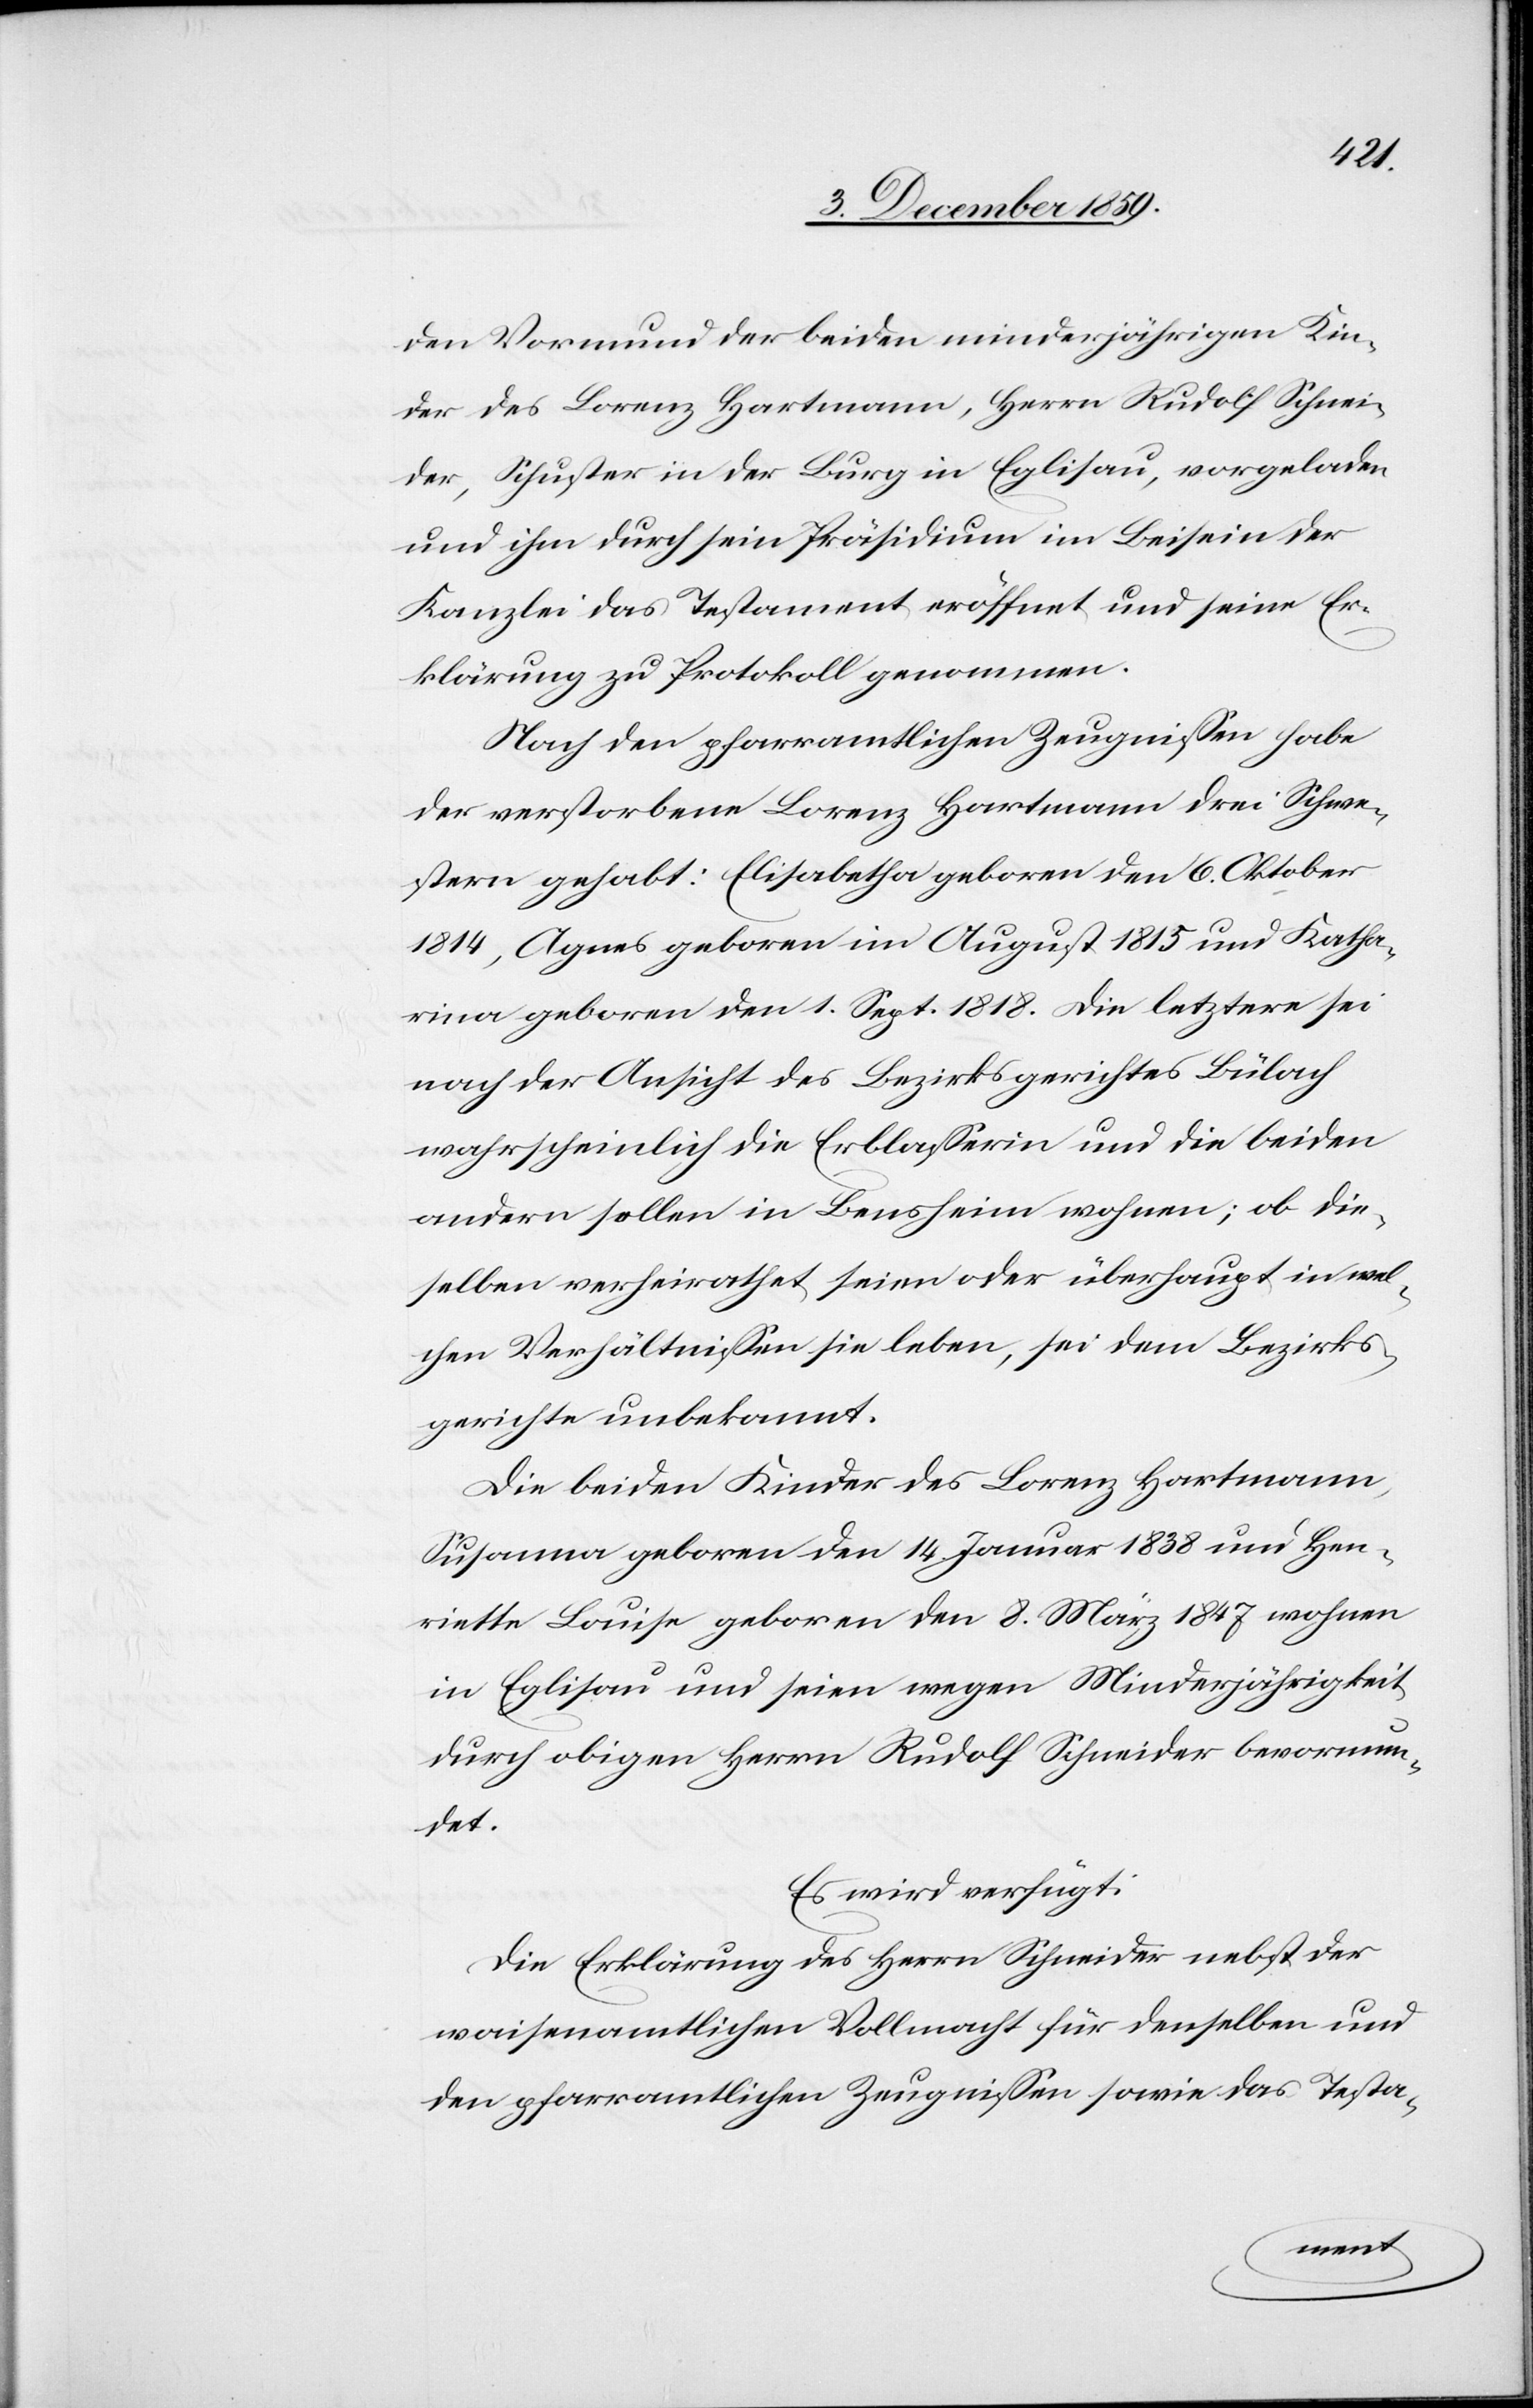
den Vormund der beiden minderjährigen Kin¬
der des Lorenz Hartmann, Herrn Rudolf Schnei¬
der, Schuster in der Burg in Eglisau, vorgeladen
und ihm durch sein Präsidium im Beisein der
Kanzlei das Testament eröffnet und seine Er¬
klärung zu Protokoll genommen.
Nach den pfarramtlichen Zeugnissen habe
der verstorbene Lorenz Hartmann drei Schwe¬
stern gehabt: Elisabetha geboren den 6. Oktober
1814, Agnes geboren im August 1815 und Katha¬
rina geboren den 1. Sept. 1818. Die letztere sei
nach der Ansicht des Bezirksgerichtes Bülach
wahrscheinlich die Erblasserin und die beiden
andern sollen in Bensheim wohnen; ob die¬
selben verheiratet seien oder überhaupt in wel¬
chen Verhältnissen sie leben, sei dem Bezirks¬
gerichte unbekannt.
Die beiden Kinder des Lorenz Hartmann.
Susanna geboren den 14. Januar 1838 und Hen¬
riette Louise geboren den 8. März 1847 wohnen
in Eglisau und seinen wegen Minderjährigkeit
durch obigen Herrn Rudolf Schneider bevormun¬
det.
Es wird verfügt:
Die Erklärung des Herrn Schneider nebst der
waisenamtlichen Vollmacht für denselben und
den pfarramtlichen Zeugnissen sowie das Testa-